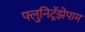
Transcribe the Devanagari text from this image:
फ्लुनिट्रॅझेपाम